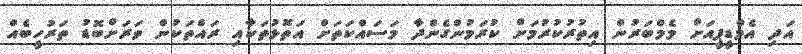
އަދި އެމްޑީޕީއަށް މެމްބަރުން އިތުރުކުރުމަށް ކުރަމުންގެންދާ މަސައްކަތަށް އަތޮޅުތަކާއި ރައްތަކުން ވަރަށްބޮޑު ތަރުހީބެއް